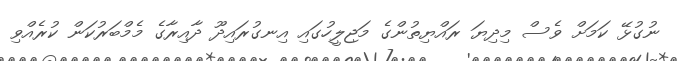
ނުގުޅޭ ކަމަށް ވެސް މިދިޔަ ރައްޔިތުންގެ މަޖިލީހުގައި އިނގުރައިދޫ ދާއިރާގެ މެމްބަރުކަން ކުރެއްވި